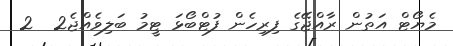
މެޔޯޓް އަތުން ރާއްޖޭގެ ފިރިހެން ފުޓްބޯޅަ ޓީމު ބަލިވެއްޖެ2  2